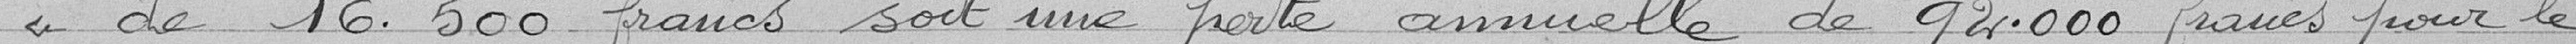
« de 16. 500 francs soit une perte annuelle de 92.000 francs pour le